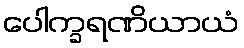
ပေါက္ခရဏိယာယံ